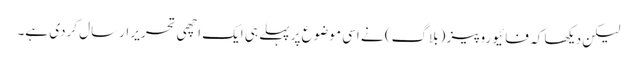
لیکن دیکھا کہ فائیو روپیز (بلاگ) نے اسی موضوع پر پہلے ہی ایک اچھی تحریر ارسال کردی ہے۔